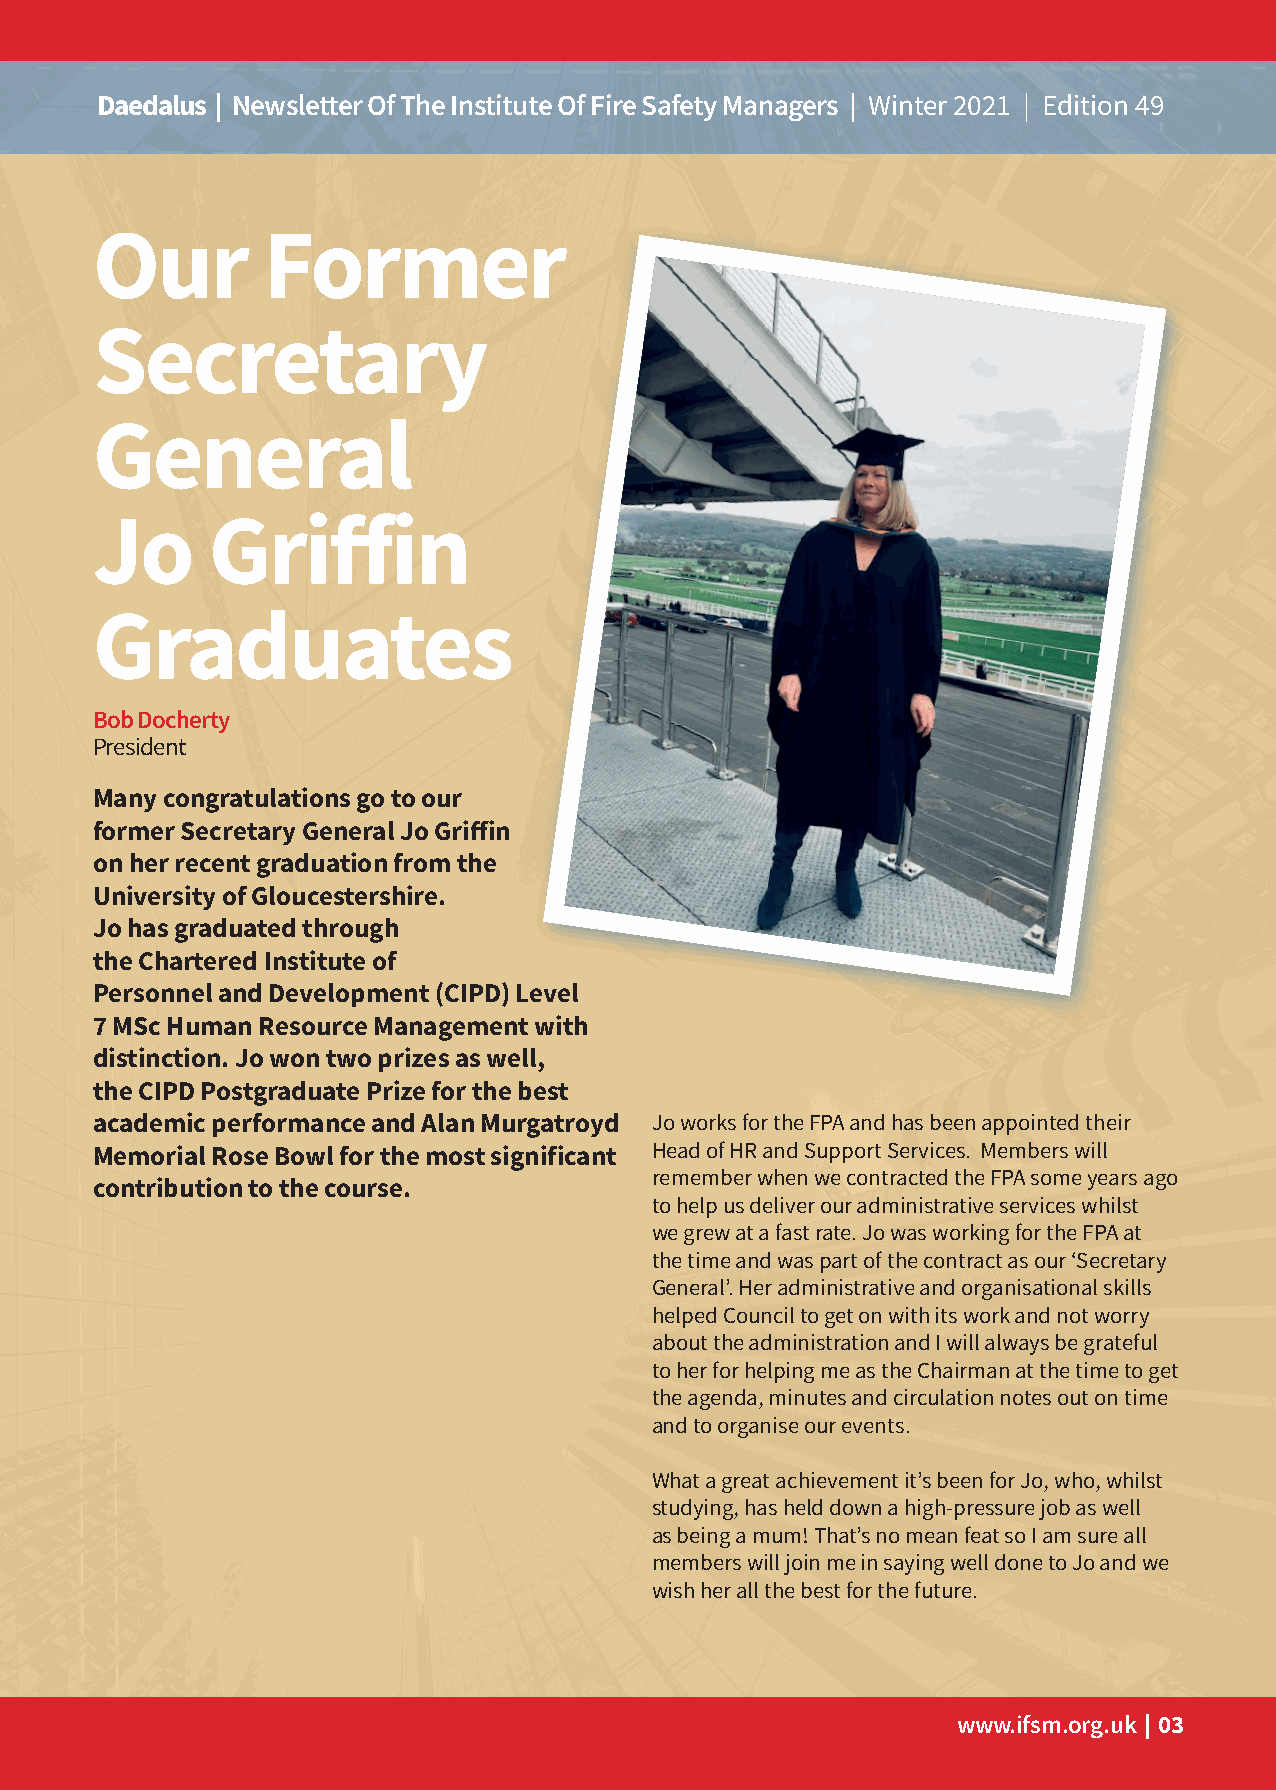
Daedalus | Newsletter Of The Institute Of Fire Safety Managers | Winter 2021 | Edition 49
 Our        Former
 Secretary
 General
 Jo      Griffin
 Graduates
 Bob Docherty
 President
 Many congratulations go to our
 former Secretary General Jo Griffin
 on her recent graduation from the
 University of Gloucestershire.
 Jo has graduated through
 the Chartered Institute of
 Personnel and Development (CIPD) Level
 7 MSc Human Resource Management with
 distinction. Jo won two prizes as well,
 the CIPD Postgraduate Prize for the best
 academic performance and Alan Murgatroyd Jo works for the FPA and has been appointed their
 Memorial Rose Bowl for the most significant Head of HR and Support Services. Members will
 remember when we contracted the FPA some years ago
 contribution to the course.
 to help us deliver our administrative services whilst
 we grew at a fast rate. Jo was working for the FPA at
 the time and was part of the contract as our ‘Secretary
 General’. Her administrative and organisational skills
 helped Council to get on with its work and not worry
 about the administration and I will always be grateful
 to her for helping me as the Chairman at the time to get
 the agenda, minutes and circulation notes out on time
 and to organise our events.
 What a great achievement it’s been for Jo, who, whilst
 studying, has held down a high-pressure job as well
 as being a mum! That’s no mean feat so I am sure all
 members will join me in saying well done to Jo and we
 wish her all the best for the future.
 www.ifsm.org.uk | 03